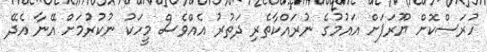
ހުރަސްކޮށް ޔޫރަޕަށް އައުމުގެ ނުރައްކާތެރި ދަތުރު އެއްވެސް މީހަކު ނުކުރުމަށް އޭނާ އެދޭ